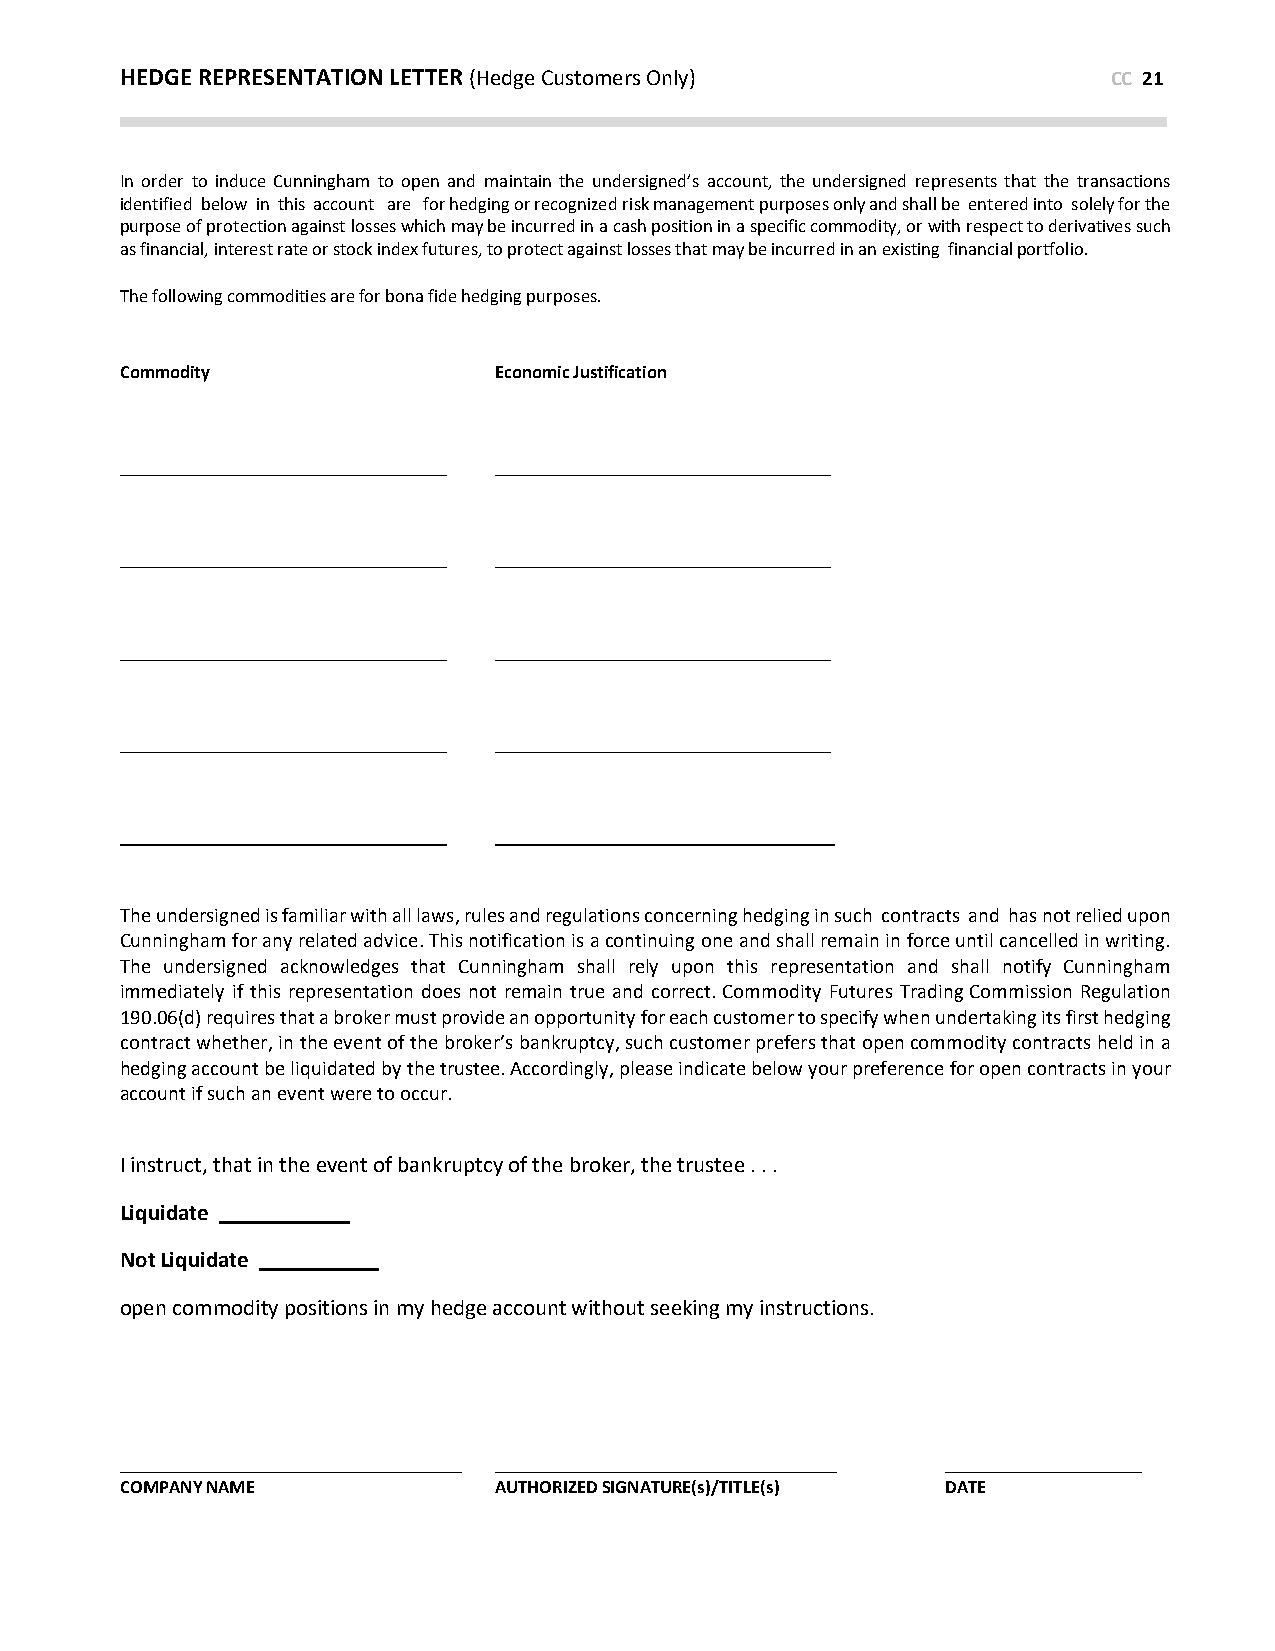
HEDGE REPRESENTATION LETTER (Hedge Customers Only)                CC 21
 In order to induce Cunningham to open and maintain the undersigned’s account, the undersigned represents that the transactions
 identified below in this account are for hedging or recognized risk management purposes only and shall be entered into solely for the
 purpose of protection against losses which may be incurred in a cash position in a specific commodity, or with respect to derivatives such
 as financial, interest rate or stock index futures, to protect against losses that may be incurred in an existing financial portfolio.
 The following commodities are for bona fide hedging purposes.
 Commodity                Economic Justification
 _
 The undersigned is familiar with all laws, rules and regulations concerning hedging in such contracts and has not relied upon
 Cunningham for any related advice. This notification is a continuing one and shall remain in force until cancelled in writing.
 The undersigned acknowledges that Cunningham shall rely upon this representation and shall notify Cunningham
 immediately if this representation does not remain true and correct. Commodity Futures Trading Commission Regulation
 190.06(d) requires that a broker must provide an opportunity for each customer to specify when undertaking its first hedging
 contract whether, in the event of the broker’s bankruptcy, such customer prefers that open commodity contracts held in a
 hedging account be liquidated by the trustee. Accordingly, please indicate below your preference for open contracts in your
 account if such an event were to occur.
 I instruct, that in the event of bankruptcy of the broker, the trustee . . .
 Liquidate
 Not Liquidate
 open commodity positions in my hedge account without seeking my instructions.
 COMPANY NAME             AUTHORIZED SIGNATURE(s)/TITLE(s) DATE